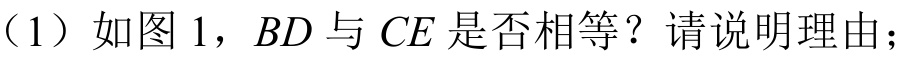
（1）如图 1，\(BD\)与\(CE\)是否相等？请说明理由；